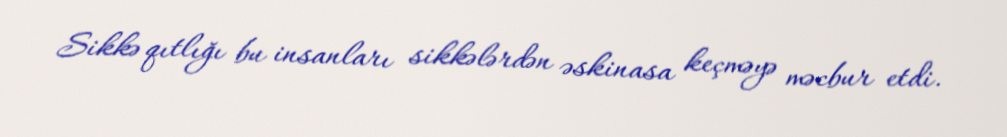
Sikkə qıtlığı bu insanları sikkələrdən əskinasa keçməyə məcbur etdi.